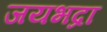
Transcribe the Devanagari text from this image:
जयभद्रा